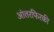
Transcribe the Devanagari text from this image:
आंतरफिरकी